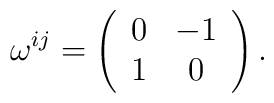
\omega^{ij} =    \left( \begin{array}{cc}         0 &          -1    \\         1 &          0      \\           \end{array}   \right) .